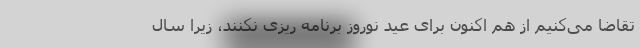
تقاضا می‌کنیم از هم اکنون برای عید نوروز برنامه ریزی نکنند، زیرا سال